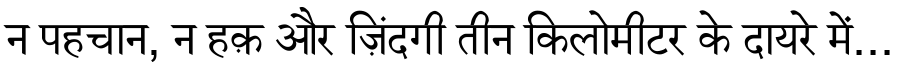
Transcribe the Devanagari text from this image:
न पहचान, न हक़ और ज़िंदगी तीन किलोमीटर के दायरे में...